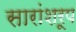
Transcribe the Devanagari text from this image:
सारांशरूप